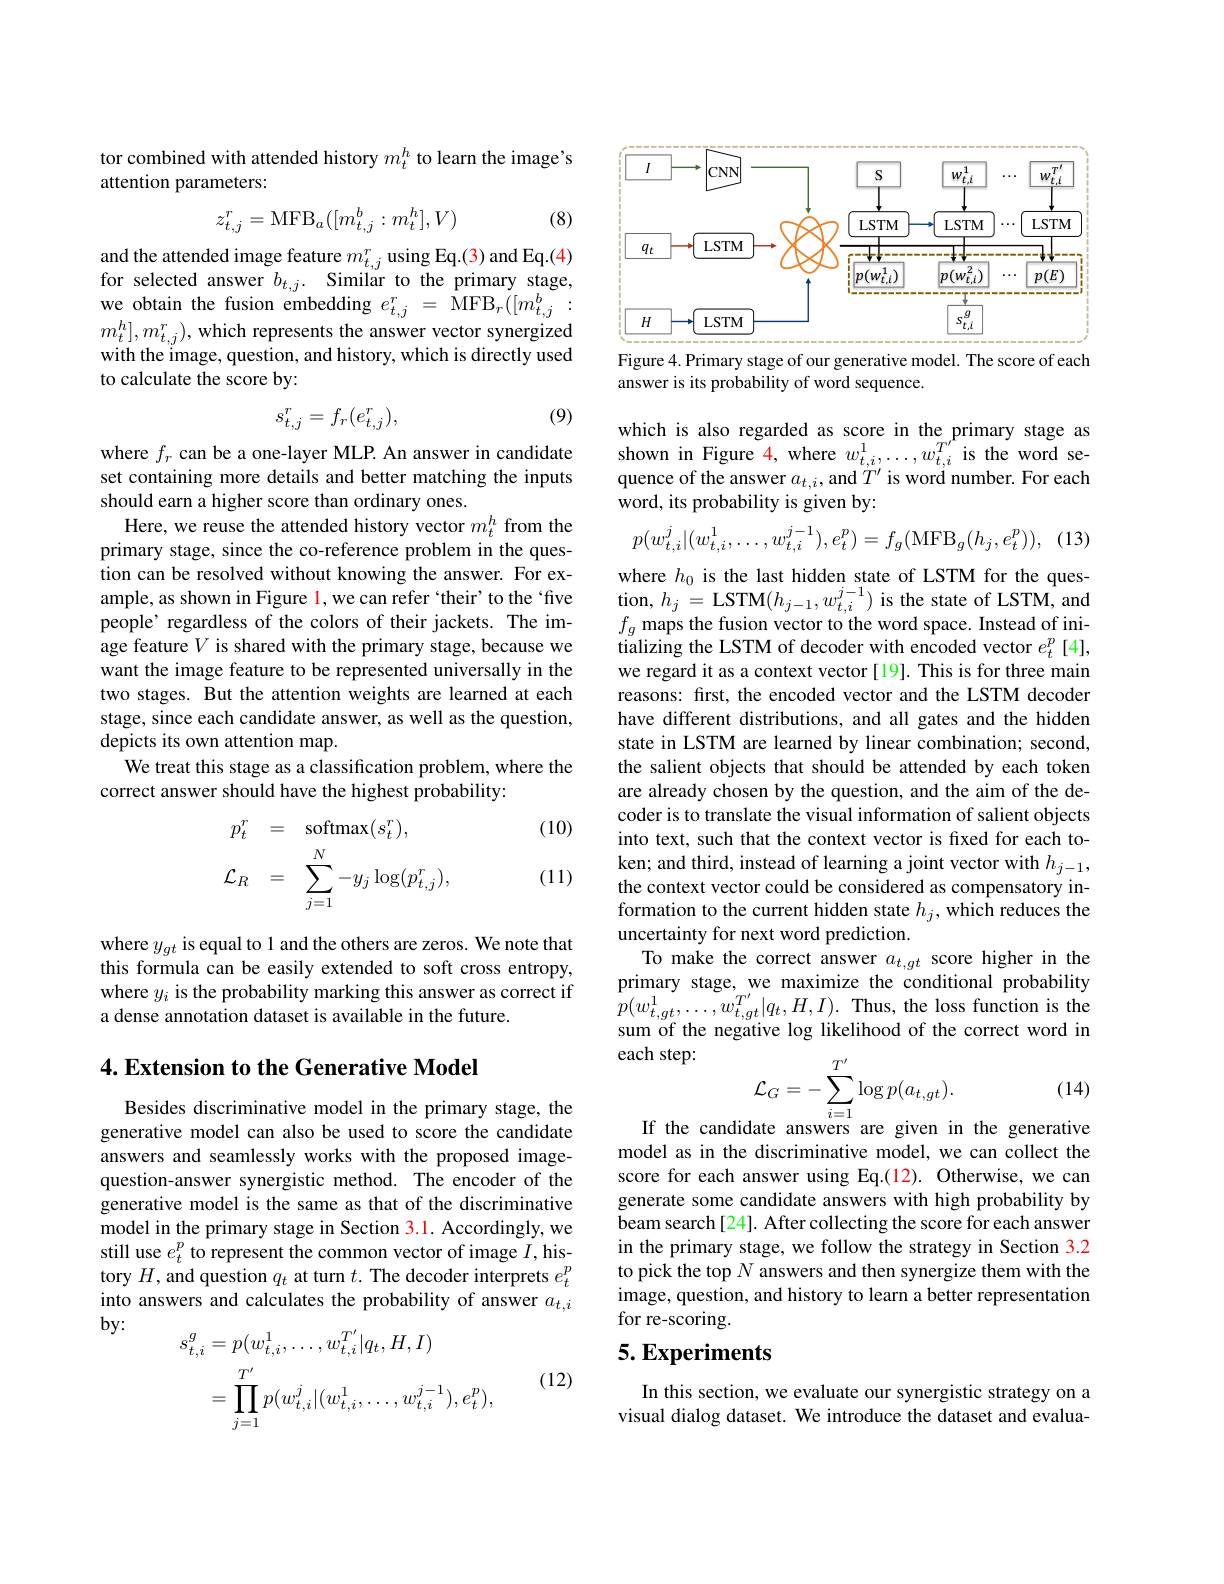
tor combined with attended history $m_t^h$ to learn the image's
attention parameters:

(8)
$$z_{t,j}^r=\mathrm{MFB}_a([m_{t,j}^b:m_t^h],V)$$
$\begin{array}{ll}{\mathrm{and~the~attended~image~feature~}m_{t,j}^{r}~using~Eq.(3)~and~Eq.(4)}\\{\mathrm{for~selected~answer~}b_{t,j}.~\mathrm{Similar~to~the~primary~stage,}}\end{array}$ we obtain the fusion embedding $e_{t,j}^{r}=$ MFB$_r([m_{t,j}^{b}]:$ $m_{t}^{h}],m_{t,j}^{r})$, which represents the answer vector synergized with the image, question, and history, which is directly used to calculate the score by:

(9)
$$s_{t,j}^r=f_r(e_{t,j}^r),$$
where $f_r$ can be a one-layer MLP. An answer in candidate set containing more details and better matching the inputs should earn a higher score than ordinary ones.
Here, we reuse the attended history vector $m_{t}^{h}$ from the primary stage, since the co-reference problem in the question can be resolved without knowing the answer. For example, as shown in Figure l, we can refer `their' to the‘fve people' regardless of the colors of their jackets. The image feature $V$ is shared with the primary stage, because we want the image feature to be represented universally in the two stages. But the attention weights are learned at each stage, since each candidate answer, as well as the question, depicts its own attention map.
We treat this stage as a classification problem, where the
correct answer should have the highest probability:

(10)
$$\begin{array}{rcl}p_t^r&=&\mathrm{softmax}(s_t^r),\\\\\mathcal{L}_R&=&\sum_{j=1}^N-y_j\log(p_{t,j}^r),\end{array}$$
(11)

where $y_{gt}$ is equal to 1 and the others are zeros. We note that this formula can be easily extended to soft cross entropy, where $y_i$ is the probability marking this answer as correct if a dense annotation dataset is available in the future.

### 4. Extension to the Generative Model

Besides discriminative model in the primary stage, the generative model can also be used to score the candidate answers and seamlessly works with the proposed imagequestion-answer synergistic method. The encoder of the generative model is the same as that of the discriminative model in the primary stage in Section 3.1. Accordingly, we still use $e_t^p$ to represent the common vector of image $I$,history $H$, and question $q_t$ at turn $t.$ The decoder interprets $e_t^p$ into answers and calculates the probability of answer $a_{t,i}$ $by:$
$$\begin{aligned}s_{t,i}^{g}&=p(w_{t,i}^{1},\ldots,w_{t,i}^{T^{\prime}}|q_{t},H,I)\\&=\prod_{j=1}^{T^{\prime}}p(w_{t,i}^{j}|(w_{t,i}^{1},\ldots,w_{t,i}^{j-1}),e_{t}^{p}),\end{aligned}$$
(12)

<FigureHere>
Figure 4. Primary stage of our generative model. The score of each

answer is its probability of word sequence.

which is also regarded as score in the primary stage as shown in Figure $\color{red}{4,\mathrm{~where~}}w_{t,i}^{1},\ldots,w_{t,i}^{T^{\prime}}$is the word sequence of the answer $a_{t,i}$, and $T^\prime$ is word number. For each word, its probability is given by:

(13)
$$p(w_{t,i}^j|(w_{t,i}^1,\ldots,w_{t,i}^{j-1}),e_t^p)=f_g(\mathrm{MFB}_g(h_j,e_t^p)),$$
where $h_0$ is the last hidden state of LSTM for the ques- $\begin{array}{l}{\mathrm{tion,~}h_{j}=\mathrm{LSTM}(h_{j-1},w_{t,i}^{j-1})\mathrm{~is~the~state~of~LSTM,~and}}\\{\mathrm{tion,~}h_{j}=\mathrm{LSTM}(h_{j-1},w_{t,i}^{j-1})\mathrm{~is~the~state~of~LSTM,~and}}\end{array}$ $f_g$ maps the fusion vector to the word space. Instead of initializing the LSTM of decoder with encoded vector $e_t^p[4]$, we regard it as a context vector [19]. This is for three main reasons: frst, the encoded vector and the LSTM decoder have different distributions, and all gates and the hidden state in LSTM are learned by linear combination; second, the salient objects that should be attended by each token are already chosen by the question, and the aim of the decoder is to translate the visual information of salient objects into text, such that the context vector is fixed for each token; and third, instead of learning a joint vector with $h_{j-1}$, the context vector could be considered as compensatory information to the current hidden state $h_j$, which reduces the uncertainty for next word prediction.
To make the correct answer $a_{t,gt}$ score higher in the primary stage, we maximize the conditional probability $p(w_{t,gt}^{1},\ldots,w_{t,gt}^{T^{\prime}}|q_{t},H,I).$ Thus, the loss function is the sum of the negative log likelihood of the correct word in each step:
$$\mathcal{L}_{G}=-\sum_{i=1}^{T^{\prime}}\log p(a_{t,gt}).$$
(14)

If the candidate answers are given in the generative

model as in the discriminative model, we can collect the score for each answer using Eq.(12). Otherwise, we can generate some candidate answers with high probability by beam search[24]. After collecting the score for each answer in the primary stage, we follow the strategy in Section 3.2 to pick the top $N$ answers and then synergize them with the image, question, and history to learn a better representation for re-scoring.

# 5. Experiments

In this section, we evaluate our synergistic strategy on a visual dialog dataset. We introduce the dataset and evalua-